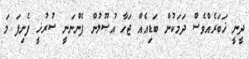
ދީނީ ޚަބަރެއްވެސް ދަމަކުން ބަޑިއެއް ޖަހާ އުޞޫލުން ފެންނަނީ ސުރުޚީ ފެނިފަ މަ